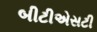
બીટીએસટી